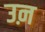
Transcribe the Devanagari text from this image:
उऩ